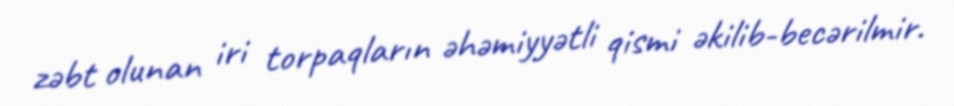
zəbt olunan iri torpaqların əhəmiyyətli qismi əkilib-becərilmir.